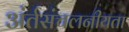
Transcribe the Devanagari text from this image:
अंर्तसंचलनीयता